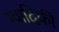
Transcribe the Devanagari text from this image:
ग्वादिकी